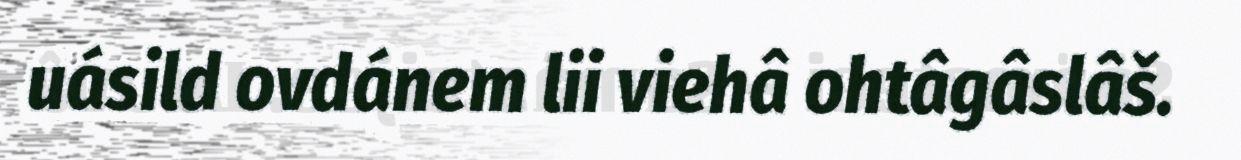
uásild ovdánem lii viehâ ohtâgâslâš.